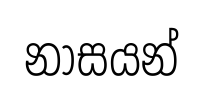
නාසයන්